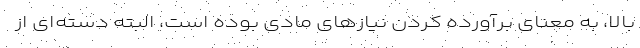
بالا، به معنای برآورده کردن نیازهای مادی بوده است، البته دسته‌ای از